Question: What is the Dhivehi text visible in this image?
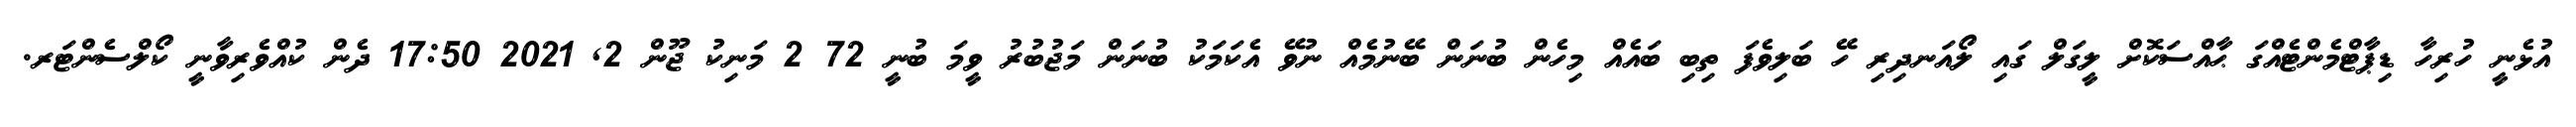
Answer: އުޅެނީ ހުރިހާ ޑިޕާޓްމެންޓެއްގަ ޙާއްސަކޮށް ލީގަލް ގައި ލޯއަނދިރި ހޭ ބަލިވެފަ ތިބި ބައެއް މިހެން ބުނަން ބޭނުމެއް ނުވޭ އެކަމަކު ބުނަން މަޖުބުރު ވީމަ ބުނީ 72 2 މަނިކު ޖޫން 2, 2021 17:50 ދެން ކުއްވެރިވާނީ ކޯލްސެންޓަރ.